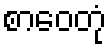
စာဝေတုံ